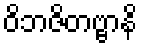
ဝိဘဇိတဗ္ဗာနိ